Civil Veterinary Dept. Bombay admin report 1923-31 - 1923-1931
Year: 1923
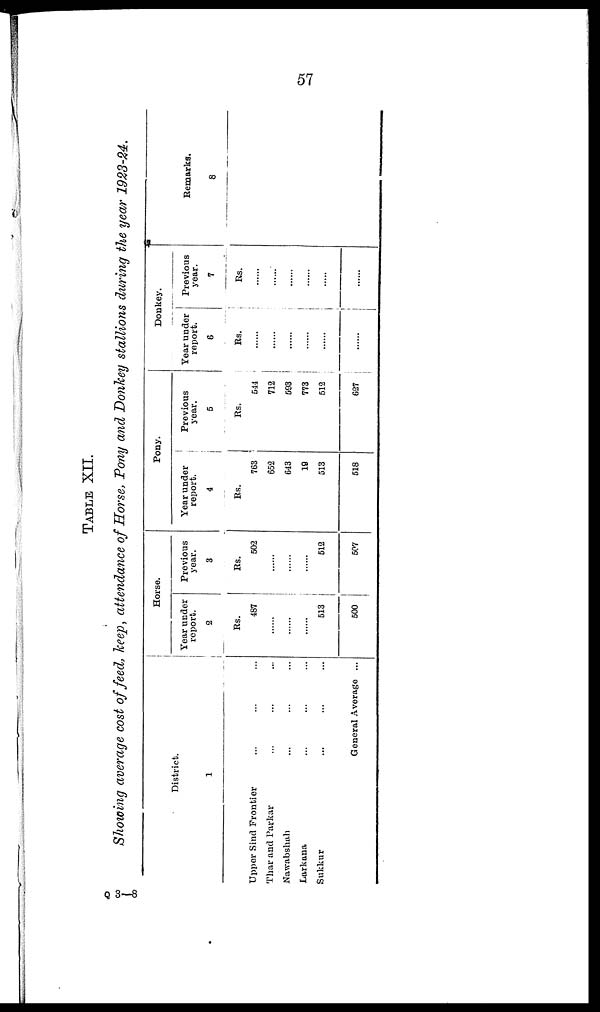
57
TABLE XII.
Showing average cost of feed, keep, attendance of Horse, Pony and Donkey stallions during the year 1923-24.
District.
1
Upper Sind Frontier ... ... ...
Thar and Parkar ... ... ...
Nawabshah ... ... ...
Larkana ... ... ...
Sukkur ... ... ...
General Average ...
Horse.
Year under
report.
2
Rs.
487
......
......
513
500
Previous
year.
3
Rs.
502
......
......
......
512
507
Pony.
Year under
report.
4
Rs.
763
652
643
19
513
518
Previous
year.
5
Rs.
544
712
593
773
512
627
Donkey.
Year under
report.
6
Rs.
......
......
......
......
......
......
Previous
year.
7
Rs.
......
......
......
......
......
......
Remarks.
8
Q 3—8